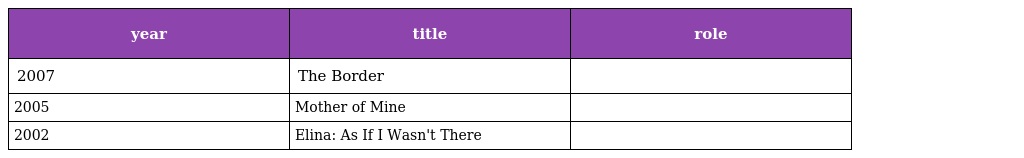
| year | title | role |
 | --- | --- | --- |
 | 2007 | The Border |  |
 | 2005 | Mother of Mine |  |
 | 2002 | Elina: As If I Wasn't There |  |